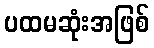
ပထမဆုံးအဖြစ်